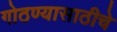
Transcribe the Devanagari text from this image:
गोठण्यासाठीचे